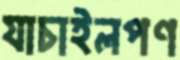
যাচাইলপণ